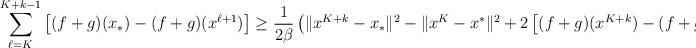
LaTeX: \begin{align*}\sum_{\ell=K}^{K+k-1}\left[(f+g)(x_*)-(f+g)(x^{\ell+1})\right]\ge \frac{1}{2\beta}\left(\|x^{K+k}-x_*\|^2-\|x^K-x^*\|^2+2\left[(f+g)(x^{K+k})-(f+g)(x^{K})\right]\right).\end{align*}